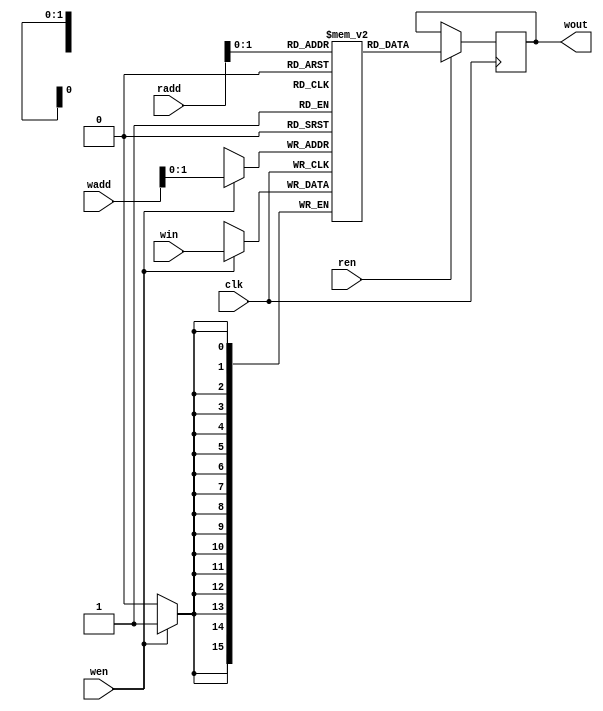
module Weight_Memory #(
    //numWeight: 
    parameter numWeight = 3, neuronNo = 1, layerNo = 1, addressWidth = 10, dataWidth = 16, weightFile = "w_1_15.mif"
) (
    input clk,
    input wen,
    input ren,
    input [addressWidth-1 : 0] wadd,
    input [addressWidth-1 : 0] radd,
    input [dataWidth-1 : 0] win,
    output reg [dataWidth-1 : 0] wout);

    reg [dataWidth-1 : 0] mem [numWeight-1 : 0];    //numWeight个 位宽为dataWidth的 一维数组

    `ifdef pretrained
        initial
            begin
                $readmemb(weightFile, mem);
            end
        `else
            always @(posedge clk) begin
                if(wen)
                begin
                    mem[wadd] <= win;
                end
            end
    `endif 

    always @(posedge clk) begin
        if (ren) begin
            wout <= mem[radd];
        end
    end
    
endmodule